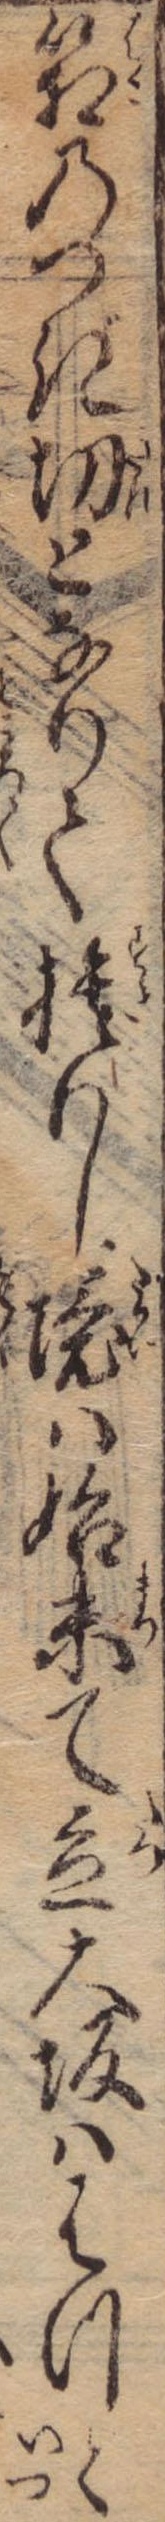
箱のつぎ切となりて捨りし境は始末て立大坂ははつと